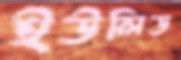
ইউলিড